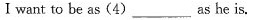
I want to be as(4)___as he is.